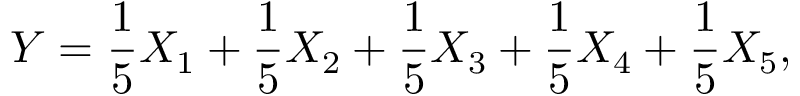
Y = \frac { 1 } { 5 } X _ { 1 } + \frac { 1 } { 5 } X _ { 2 } + \frac { 1 } { 5 } X _ { 3 } + \frac { 1 } { 5 } X _ { 4 } + \frac { 1 } { 5 } X _ { 5 } ,